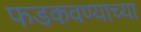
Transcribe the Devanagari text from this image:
फडकवण्याच्या